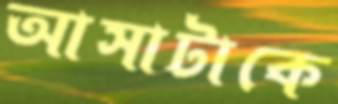
আসাটাকে